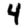
Digit: 4